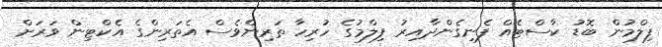
ފިލްމުން ބޮޑު ކާސްޓެއް ފެނިގެންދާއިރު ފިލްމުގެ ހުރިހާ ތަރިންވެސް އެތަރިންގެ އެކްޓިން ވަރަށް